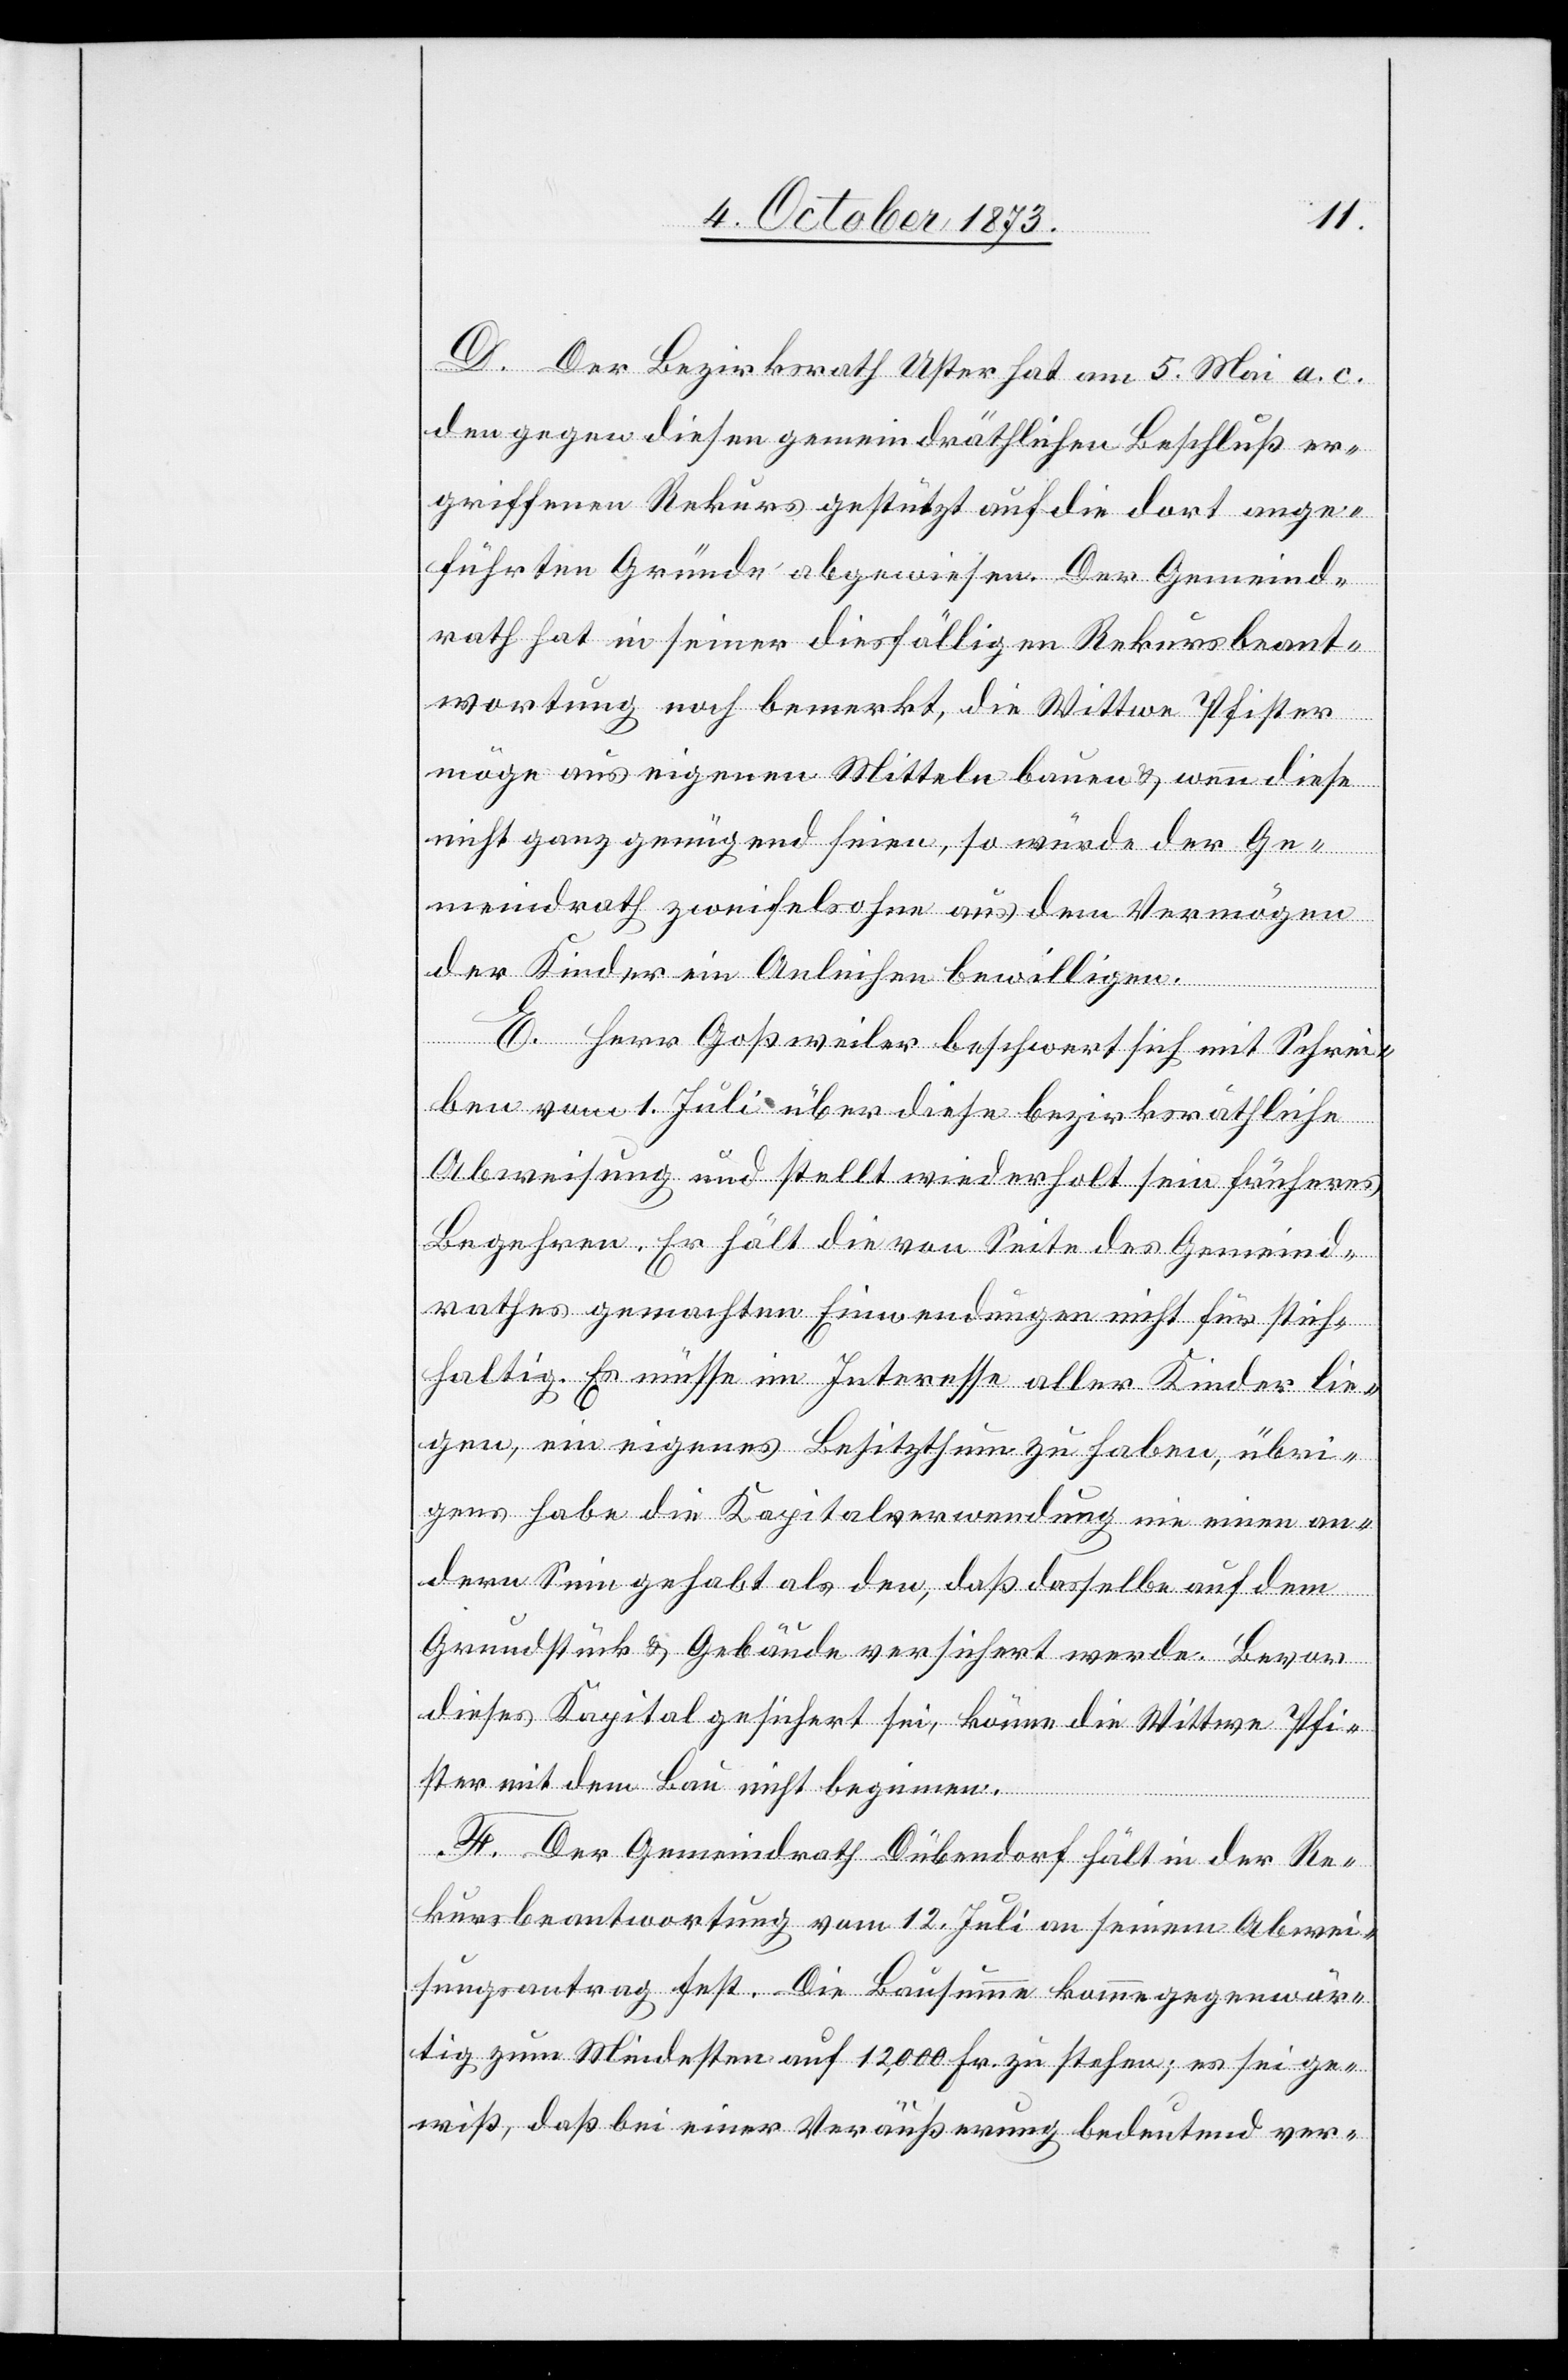
D. Der Bezirksrath Uster hat am 5. Mai a. c.
den gegen diesen gemeindräthlichen Beschluß er¬
griffenen Rekurs gestützt auf die dort ange¬
führten Gründe abgewiesen. Der Gemeind¬
rath hat in seiner diesfälligen Rekursbeant¬
wortung noch bemerkt, die Wittwe Pfister
möge aus eigenen Mitteln bauen & wenn diese
nicht ganz genügend seien, so würde der Ge¬
meindrath zweifelsohne aus dem Vermögen
der Kinder ein Anleihen bewilligen.
E. Herr Goßweiler beschwert sich mit Schrei¬
ben vom 1. Juli über diese bezirksräthliche
Abweisung und stellt wiederholt sein früheres
Begehren. Er hält die von Seite des Gemeind¬
rathes gemachten Einwendungen nicht für stich¬
haltig. Es müsse im Interesse aller Kinder lie¬
gen, ein eigenes Besitzthum zu haben, übri¬
gens habe die Kapitalverwendung nie einen an¬
dern Sinn gehabt als den, daß dasselbe auf dem
Grundstück & Gebäude versichert werde. Bevor
dieses Kapital gesichert sei, könne die Wittwe Pfi¬
ster mit dem Bau nicht beginnen.
F. Der Gemeindrath Dübendorf hält in der Re¬
kursbeantwortung vom 12. Juli an seinem Abwei¬
sungsantrag fest. Die Bausumme komme gegenwär¬
tig zum Mindesten auf 12,000 Fr. zu stehen; es sei ge¬
wiß, daß bei einer Veräußerung bedeutend ver-